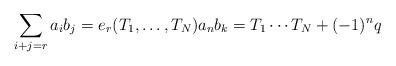
LaTeX: \begin{align*}\sum_{i+j=r}a_{i}b_{j}=e_{r}(T_{1},\ldots ,T_{N})a_{n}b_{k}=T_{1}\cdots T_{N}+(-1)^{n}q \end{align*}